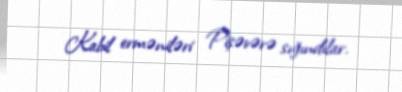
Kabil erməniləri Pişəvərə sığındılar.